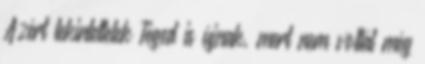
Azért tekintettelek Téged is újnak, mert nem voltál még